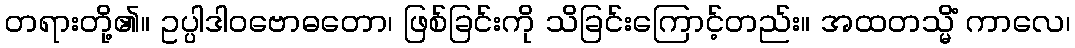
တရားတို့၏။ ဥပ္ပါဒါဝဗောဓတော၊ ဖြစ်ခြင်းကို သိခြင်းကြောင့်တည်း။ အထတသ္မိံ ကာလေ၊